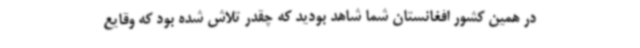
در همین کشور افغانستان شما شاهد بودید که چقدر تلاش شده بود که وقایع